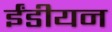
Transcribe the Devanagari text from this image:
ईंडीयन